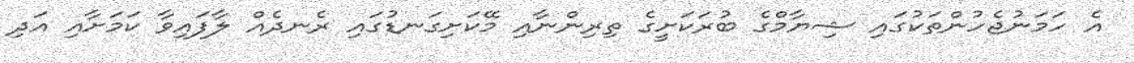
އެ ހަމަނުޖެހުންތަކުގައި ޝިޔާމްގެ ބުރަކަށީގެ ތިރިންނާއި މޭކަށިގަނޑުގައި ރެނދެއް ލާފައިވާ ކަމަށާއި އަދި